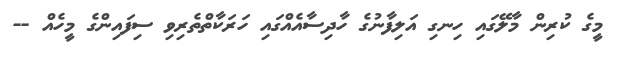
މީގެ ކުރިން މާލޭގައި ހިނގި އަލިފާނުގެ ހާދިސާއެއްގައި ހަރަކާތްތެރިވި ސިފައިންގެ މީހެއް --